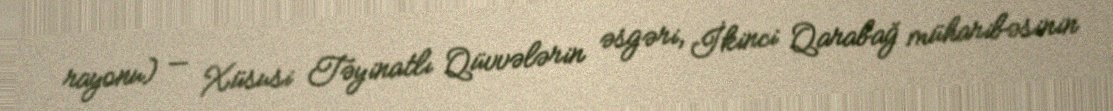
rayonu) — Xüsusi Təyinatlı Qüvvələrin əsgəri, İkinci Qarabağ müharibəsinin